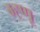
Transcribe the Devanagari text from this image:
म्ह्णू